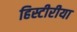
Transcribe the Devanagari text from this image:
हिस्टीरीया